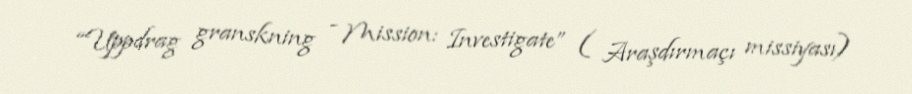
“Uppdrag granskning - Mission: Investigate” ( Araşdırmaçı missiyası)